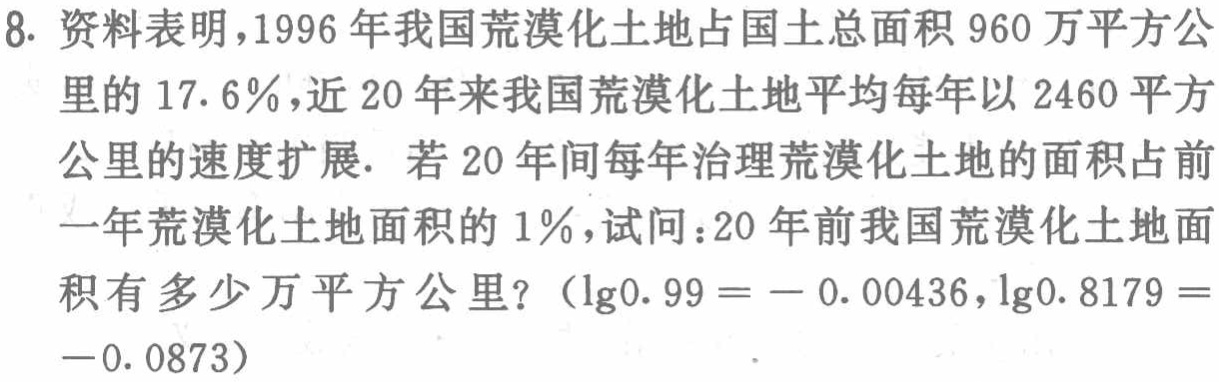
8. 资料表明，1996 年我国荒漠化土地占国土总面积 960 万平方公里的 17.6％，近 20 年来我国荒漠化土地平均每年以 2460 平方公里的速度扩展. 若 20 年间每年治理荒漠化土地的面积占前一年荒漠化土地面积的 1％，试问：20 年前我国荒漠化土地面积有多少万平方公里？（$\lg0.99 = - 0.00436$，$\lg0.8179 = -0.0873$）